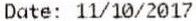
DATE: 11/10/2017